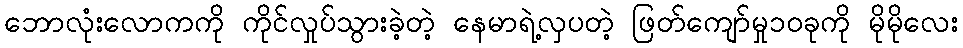
ဘောလုံးလောကကို ကိုင်လှုပ်သွားခဲ့တဲ့ နေမာရဲ့လှပတဲ့ ဖြတ်ကျော်မှု၁၀ခုကို မိုမိုလေး